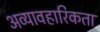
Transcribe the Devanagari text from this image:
अव्यावहारिकता